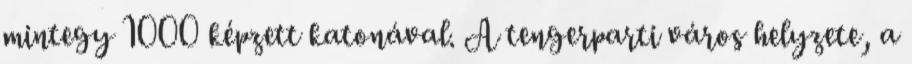
mintegy 1000 képzett katonával. A tengerparti város helyzete, a